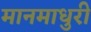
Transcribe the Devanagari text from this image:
मानमाधुरी